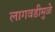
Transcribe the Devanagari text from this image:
लागवडीमुळे